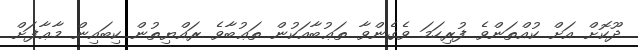
ދޫކޮށް އަށް ކުއްތަންވެ ފުރިހަމަ ވެގެންވާ ތަޢުބާއަކުން ތަޢުބާވެ ރައްޔިތުން ކިބައިން މާޢާފަށް